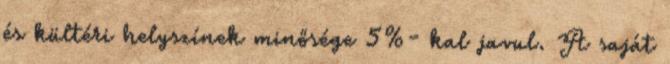
és kültéri helyszínek minősége 5%- kal javul. A saját